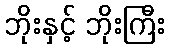
ဘိုးနှင့် ဘိုးကြီး